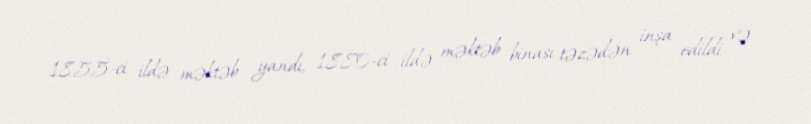
1855-ci ildə məktəb yandı, 1880-ci ildə məktəb binası təzədən inşa edildi və